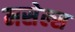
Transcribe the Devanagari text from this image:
मसेल्स